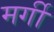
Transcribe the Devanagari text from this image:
मर्गी